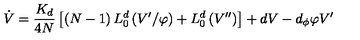
\dot { V } = \frac { K _ { d } } { 4 N } \left[ \left( N - 1 \right) L _ { 0 } ^ { d } \left( V ^ { \prime } / \varphi \right) + L _ { 0 } ^ { d } \left( V ^ { \prime \prime } \right) \right] + d V - d _ { \phi } \varphi V ^ { \prime }